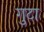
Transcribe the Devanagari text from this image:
गुटा